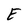
Character: E